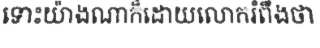
ទោះយ៉ាងណាក៏ដោយលោករំពឹងថា